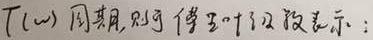
$T(\omega)$ 周期, 则可傅里叶级数表示: